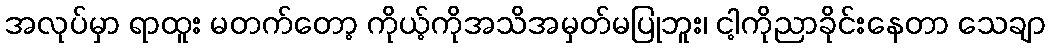
အလုပ်မှာ ရာထူး မတက်တော့ ကိုယ့်ကိုအသိအမှတ်မပြုဘူး၊ ငါ့ကိုညာခိုင်းနေတာ သေချာ